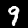
Digit: 9